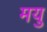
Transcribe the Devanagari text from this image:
मयु